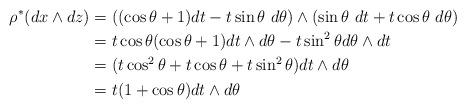
LaTeX: \begin{align*}\rho^*(dx \wedge dz) &= ( (\cos \theta+1)dt - t \sin \theta \ d \theta) \wedge (\sin \theta \ dt + t \cos \theta \ d \theta) \\ &= t \cos \theta (\cos \theta+1 ) dt \wedge d \theta - t \sin^2 \theta d \theta \wedge dt \\ &=(t \cos^2 \theta + t \cos \theta + t \sin^2 \theta ) dt \wedge d \theta \\ &= t (1+ \cos \theta) dt \wedge d \theta\end{align*}